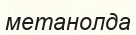
метанолда